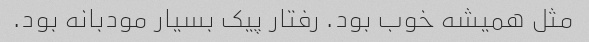
مثل همیشه خوب بود. رفتار پیک بسیار مودبانه بود.